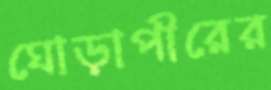
ঘোড়াপীরের